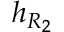
h _ { R _ { 2 } }